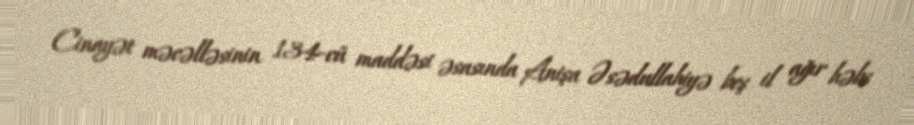
Cinayət məcəlləsinin 134-cü maddəsi əsasında Anişa Əsədullahiyə beş il ağır həbs